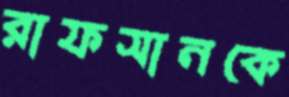
রাফসানকে